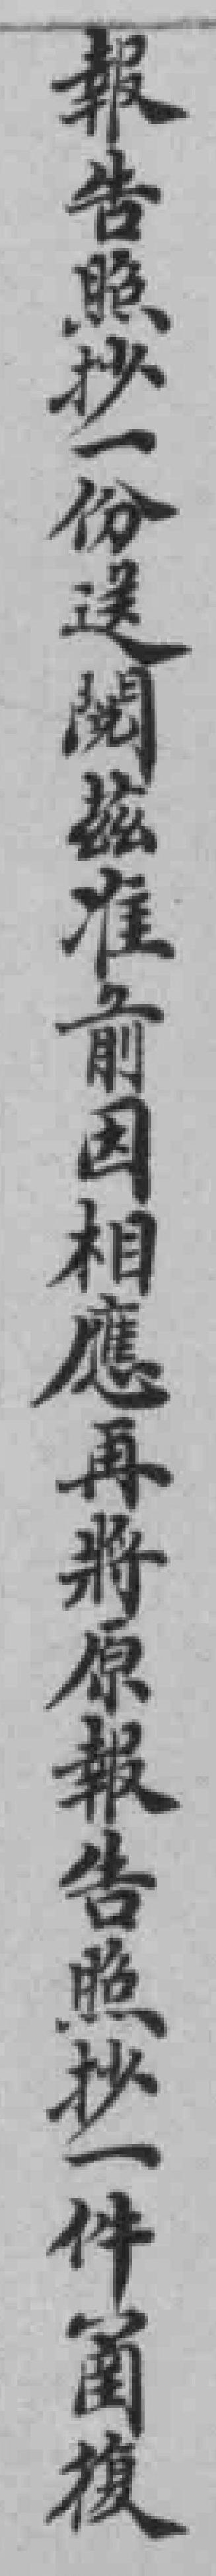
報告照抄一份送閲茲准前因相應再將原報告照抄一件圅復